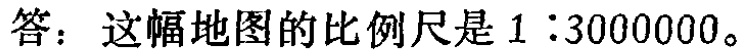
答：这幅地图的比例尺是\(1:3000000\)。